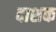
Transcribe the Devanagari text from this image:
दाशक